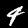
Label: 4